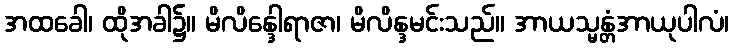
အထခေါ၊ ထိုအခါ၌။ မိလိန္ဒေါရာဇာ၊ မိလိန္ဒမင်းသည်။ အာယသ္မန္တံအာယုပါလံ၊